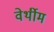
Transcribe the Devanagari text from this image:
वेर्थीम